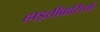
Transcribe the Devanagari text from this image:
हाइतीवासियों